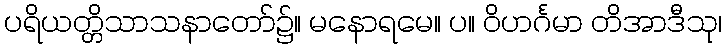
ပရိယတ္တိသာသနာတော်၌။ မနောရမေ။ ပ။ ဝိဟင်္ဂမာ တိအာဒီသု၊